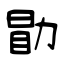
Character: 勖